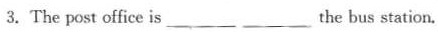
3.The post office is___ ___the bus station.